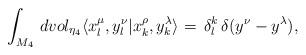
LaTeX: \begin{align*}\int_{M_4}\,dvol_{\eta_4}\langle x^\mu_l,y^\nu_l|x^\rho_k,y^\lambda_k\rangle= \,\delta^k_l\,\delta(y^\nu-y^\lambda),\end{align*}